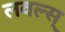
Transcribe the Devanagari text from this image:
लवल्स्